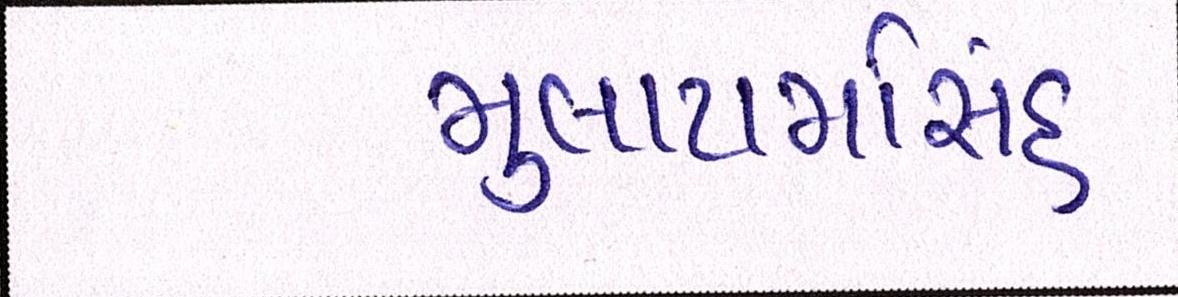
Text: મુલાયમિંસહ